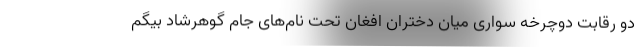
دو رقابت دوچرخه سواری میان دختران افغان تحت نام‌های جام گوهرشاد بیگم